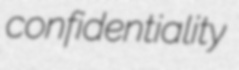
confidentiality